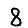
Digit: 8